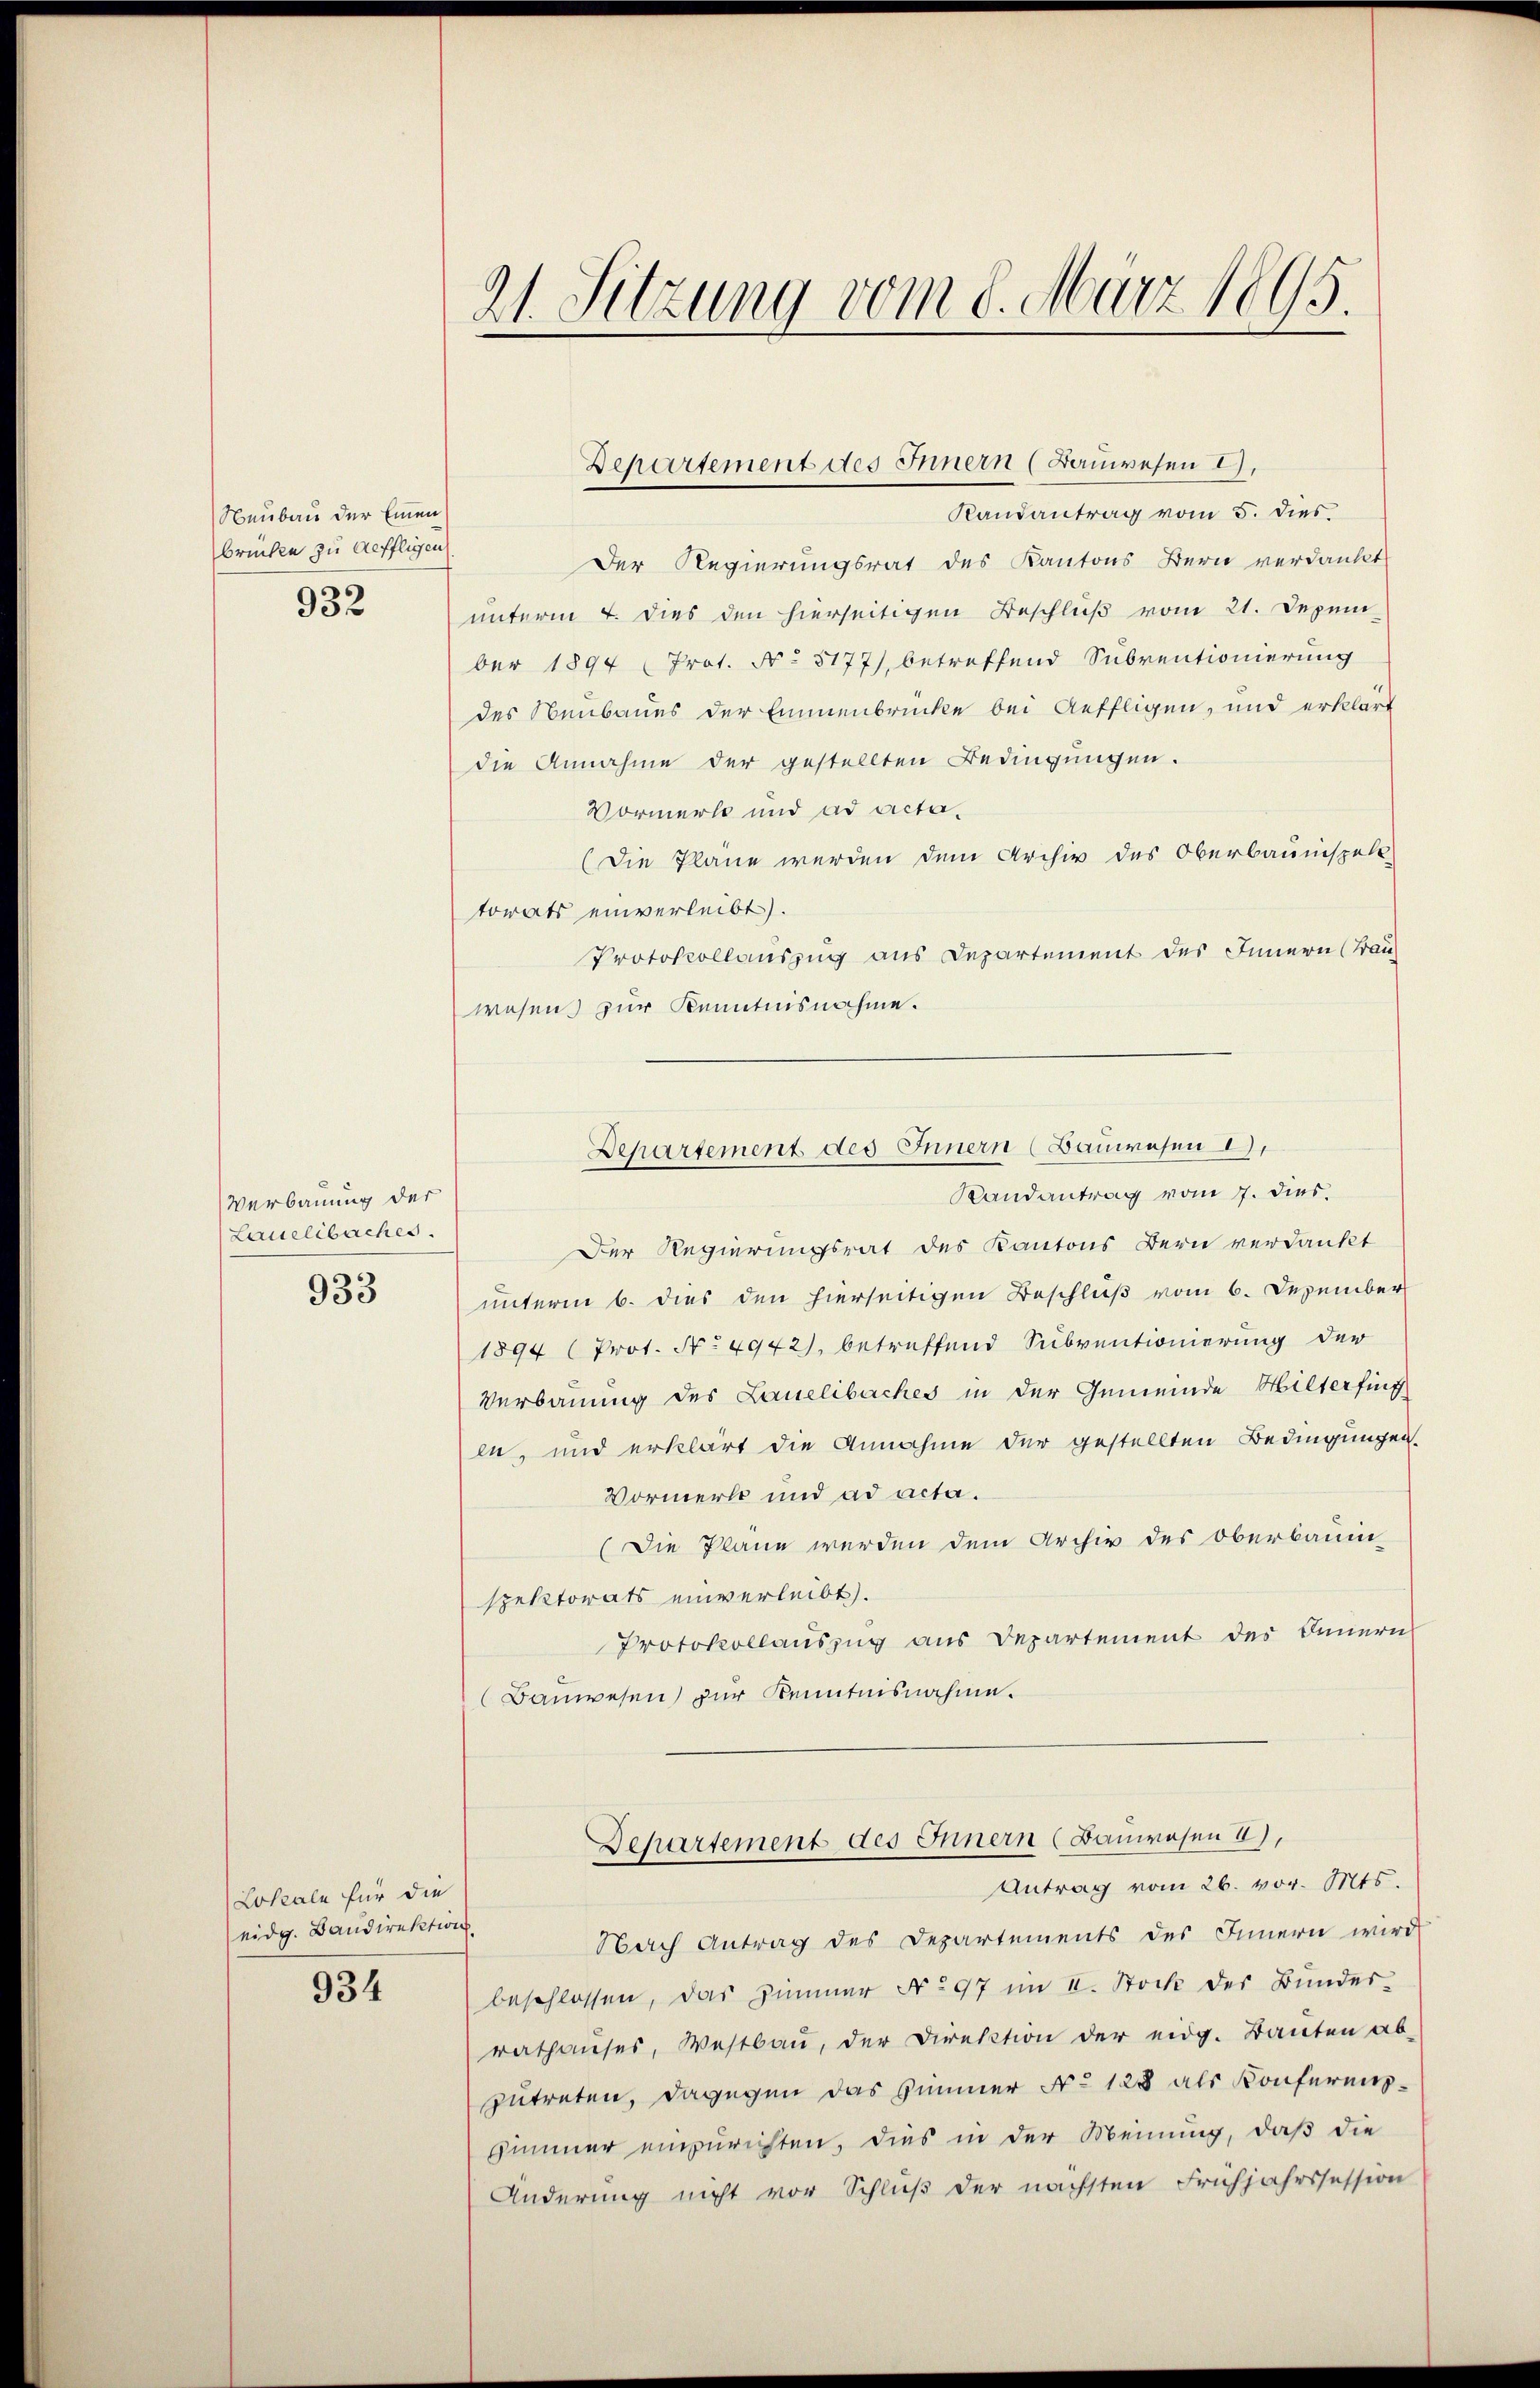
Neubau der Einen
brücken zu deffligen

932

Verbauung der
Lauelibaches.

933

Lokale für die
eidg. Bandirektion

934

21. Sitzung vom 8. März 1895.

Randantrag vom 5. dies
Der Regierungsrat des Kantons Bern verdankt
unterm 4. dies den hierseitigen Beschluß vom 21. Dezem
ber 1894 (Prot. N. 5177), betreffend Subventionierung
des Neubaues der Emmenbrücke bei Auffligen, und erklärt
die Annahme der gestellten Bedingungen.
Vormerk und ad acta¬
(Die Pläne werden dem Archiv des Oberbauinspell
torats einverleibt).
Protokollauszug aus Departement des Innern (Frau
wesen zur Kenntnisnahme.
Departement des Innern (Bauwesen u.
Randantrag vom 7. dies
Der Regierungsrat des Kantons Bern verdankt
unterm 6. dies den hierseitigen Beschluß vom 6. Dezember
1894 (Prot. No 4942), betreffend Subventionierung der
Verbauung des Lauelibaches in der Gemeinde Hilterfing
en, und erklärt die Annahme der gestellten Bedingungen.
Vormerk und ad acta.
(Die Plane werden dem Archiv des Oberbau-
spektorats einverleibt).
Protokollauszug aus Departement des Innern
Bauwesen) zur Kenntnisnahme.

Departement des Innern (Bauwesen I.

Nach Antrag des Departements des Innern wird
beschlossen, das Zimmer No 97 im II. Stock des Bundes-
rathaŭses, Westbaŭ, der Direktion der eidg. Banten ab-
zutreten, dagegen das Zimmer No 128 als Konferenz¬
Zimmer einzurichten, dies in der Meinung, daß die
Änderung nicht vor Schluß der nächsten Frühjahrssession

Departement des Innern (Bauwesen a),
Antrag vom 26. vor. Mts.